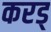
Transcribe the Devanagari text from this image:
करड्